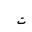
Letter: _ta